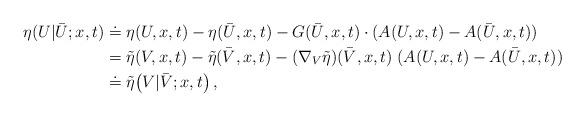
LaTeX: \begin{align*}\begin{aligned}\eta ( U | \bar U;x,t ) &\doteq \eta (U,x,t)- \eta (\bar U,x,t )- G(\bar U,x,t) \cdot (A(U,x,t) - A(\bar U,x,t))\\&= \tilde{\eta}(V,x,t) -\tilde{\eta}(\bar V,x,t) - (\nabla_V \tilde{\eta}) (\bar V,x,t) \; (A(U,x,t) - A(\bar U,x,t)) \, \\&\doteq \tilde{\eta} \big (V | \bar V;x,t\big ) \, ,\end{aligned}\end{align*}